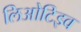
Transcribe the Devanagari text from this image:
लिओटिइव